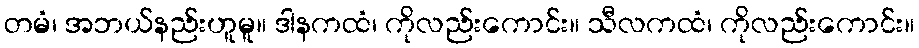
တမံ၊ အဘယ်နည်းဟူမူ။ ဒါနကထံ၊ ကိုလည်းကောင်း။ သီလကထံ၊ ကိုလည်းကောင်း။